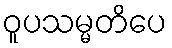
ဝူပသမ္မတိပေ